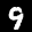
Label: 9